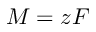
M = z F